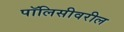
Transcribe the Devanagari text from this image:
पॉलिसीवरील